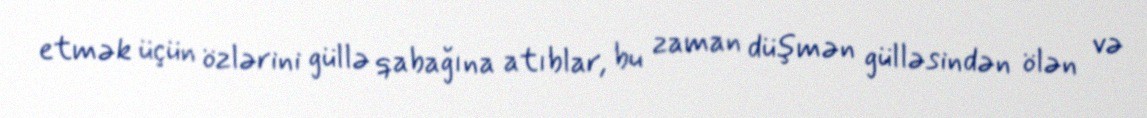
etmək üçün özlərini güllə qabağına atıblar, bu zaman düşmən gülləsindən ölən və